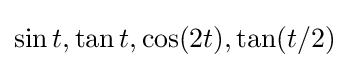
\sin t,\tan t,\cos(2t),\tan(t/2)